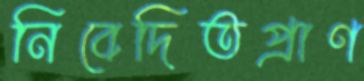
নিবেদিতপ্রাণ